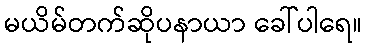
မယိမ်တက်ဆိုပနာယာ ခေါ်ပါရေ။